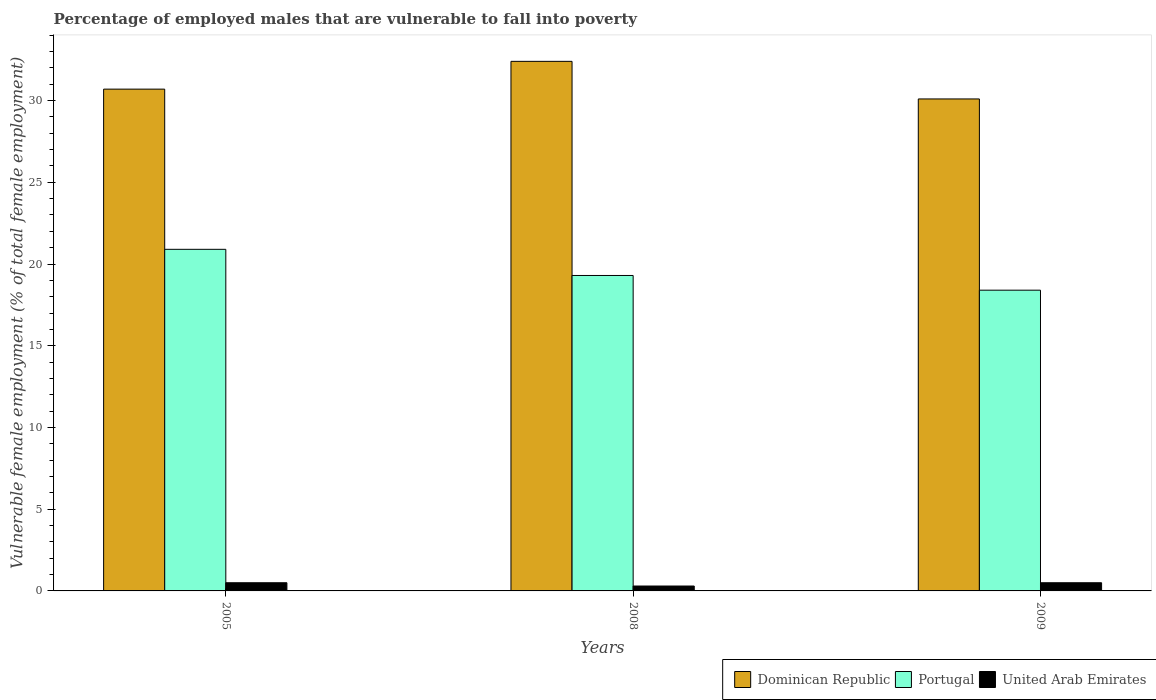
| Years | Dominican Republic | Portugal | United Arab Emirates |
 | --- | --- | --- | --- |
 | 2005 | 30.7 | 20.9 | 0.5 |
 | 2008 | 32.4 | 19.3 | 0.3 |
 | 2009 | 30.1 | 18.4 | 0.5 |